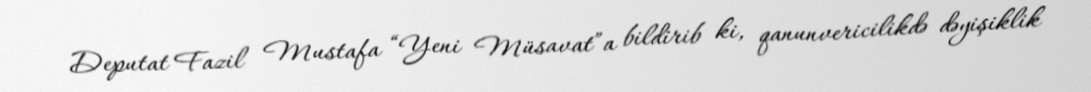
Deputat Fazil Mustafa “Yeni Müsavat”a bildirib ki, qanunvericilikdə dəyişiklik